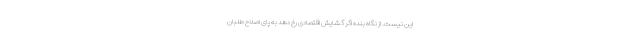
این نیست. از نگاه بنده اگر گشایش اقتصادی رخ دهد به پای اصلاح طلبان